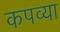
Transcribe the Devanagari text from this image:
कपव्या